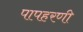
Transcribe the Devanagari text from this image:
पापहरणी